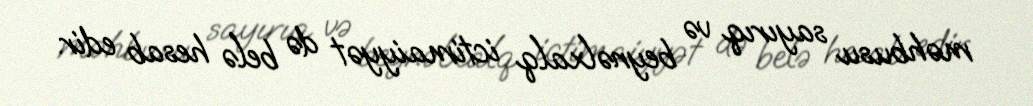
məhbusu sayırıq və beynəlxalq ictimaiyyət də belə hesab edir.